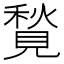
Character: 𧡣